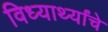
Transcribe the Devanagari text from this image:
विध्यार्थ्यांचे